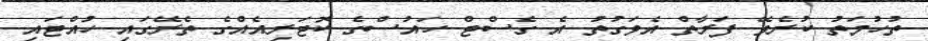
ތުހުމަތު ކުރެވޭ ފަރާތް އެވަގުތު އެ ގެސްޓް ހައުސްގެ ކޮޓަރިއެއްގެ ތެރޭގައި ހުއްޓައި